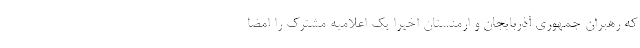
که رهبران جمهوری آذربایجان و ارمنستان اخیرا یک اعلامیه مشترک را امضا